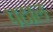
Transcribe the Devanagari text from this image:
पठाल